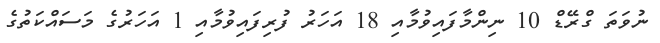
ނުވަތަ ގްރޭޑް 10 ނިންމާފައިވުމާއި 18 އަހަރު ފުރިފައިވުމާއި 1 އަހަރުގެ މަސައްކަތުގެ